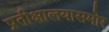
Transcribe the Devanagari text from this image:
प्रतीक्षालयासमोर